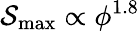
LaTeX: {\mathcal{S}_{\mathrm{max}}\propto\phi^{1.8}}